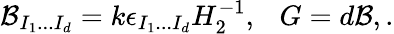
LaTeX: {\cal B}_{I_{1}...I_{d}}=k\epsilon_{I_{1}...I_{d}}H_{2}^{-1},~~~G=d{\cal B},.